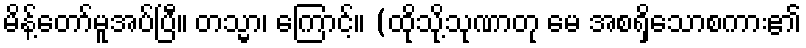
မိန့်တော်မူအပ်ပြီ။ တသ္မာ၊ ကြောင့်။ (ထိုသို့သုဏာတု မေ အစရှိသောစကား၏